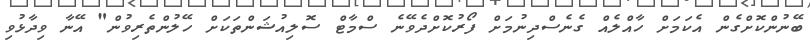
ބޭނުންކޮށްގެން އެކަމަށް ހާއްލެއް ގެނެސްދިނުމަށް ފޯރުކޮށްދެވޭނެ ސްމާޓް ސޮލިއުޝަންތަކަށް ހޭލުންތެރިވުން" އޭނާ ވިދާޅުވި